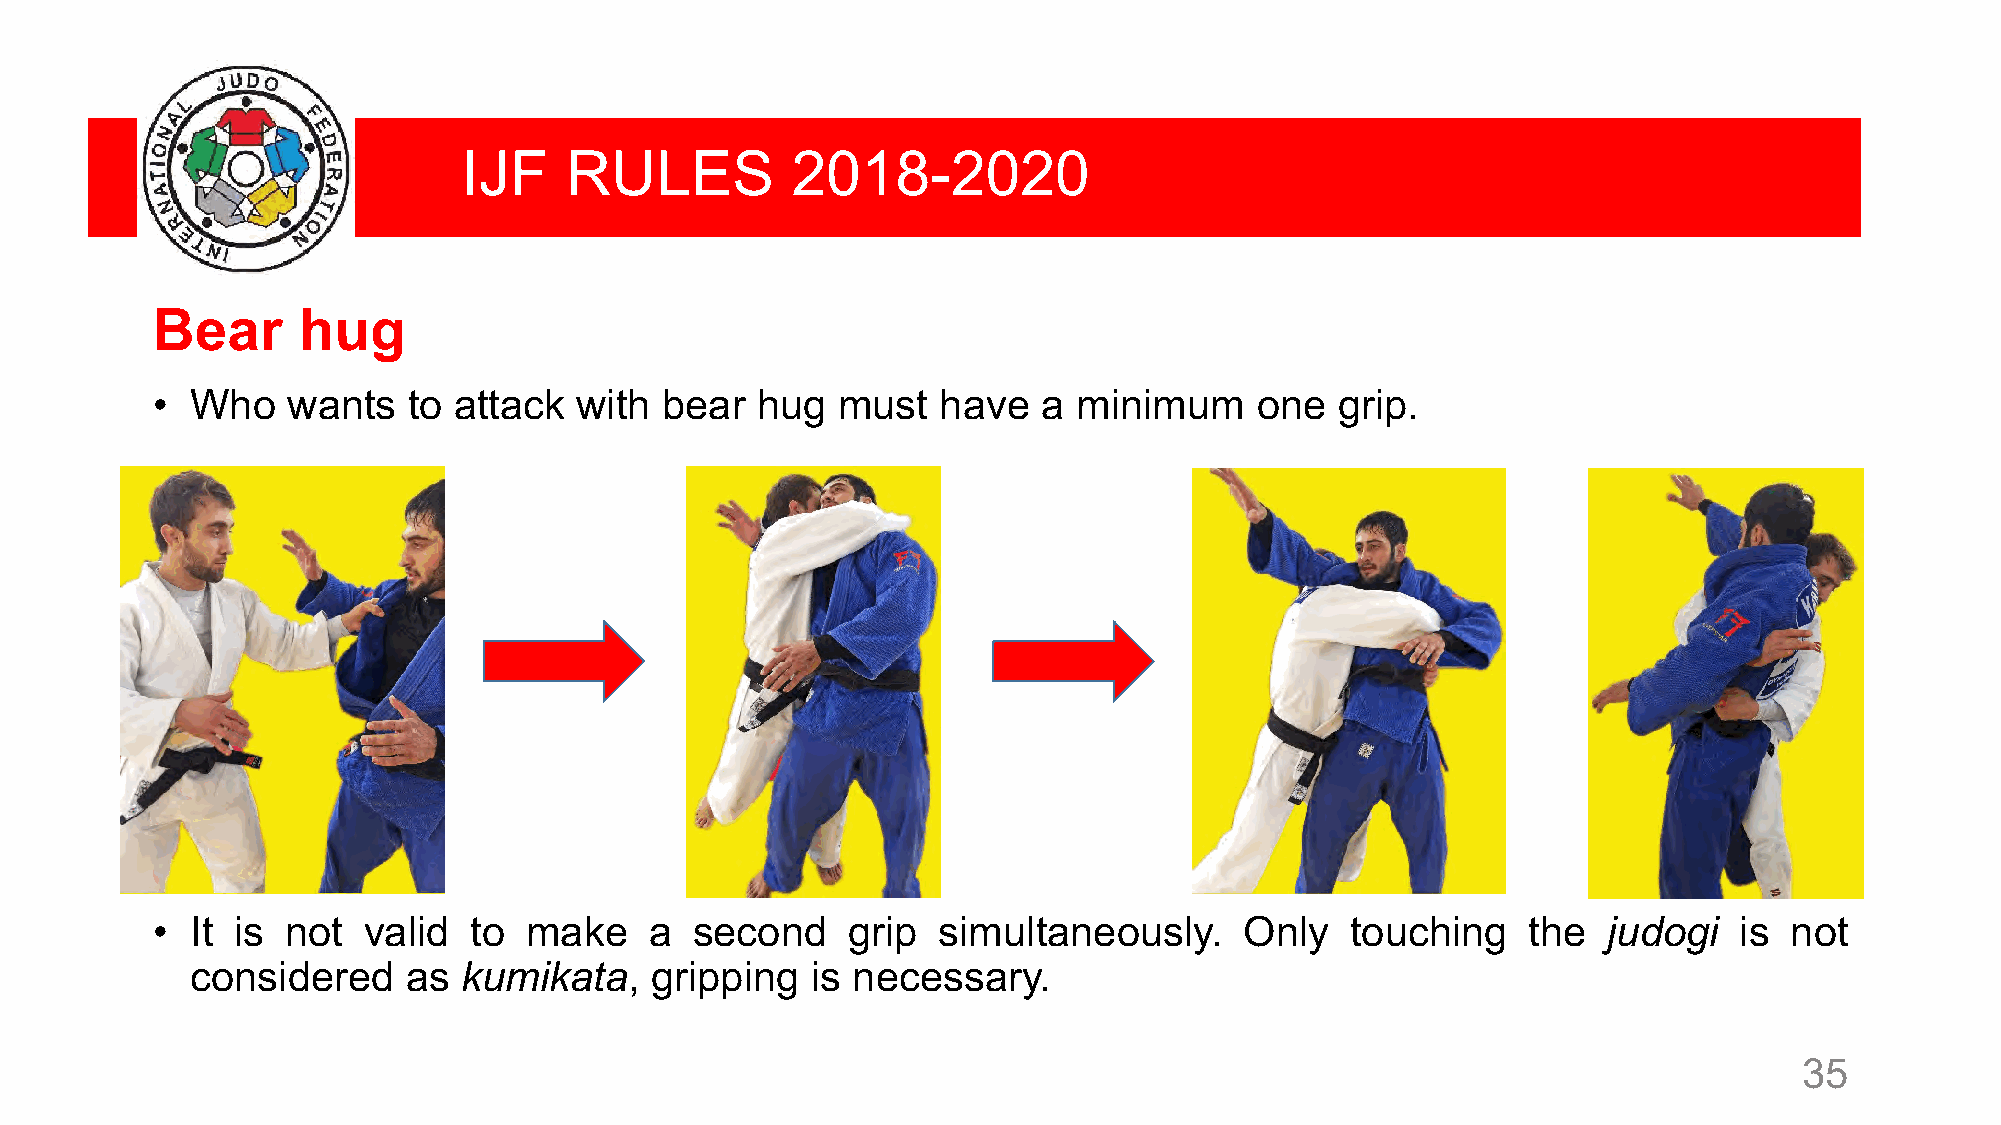
IJF   RULES          2018-2020
 Bear      hug
 •  Who   wants   to attack  with  bear  hug  must   have   a minimum     one   grip.
 •  It is not  valid  to  make    a  second    grip  simultaneously.     Only   touching    the  judogi   is not
 considered    as  kumikata,   gripping   is necessary.
 35